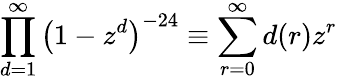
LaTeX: \prod_{d=1}^{\infty}\left(1-z^{d}\right)^{-24}\equiv\sum_{r=0}^{\infty}d(r)z^{r}